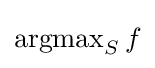
\operatorname {argmax} _{S}f